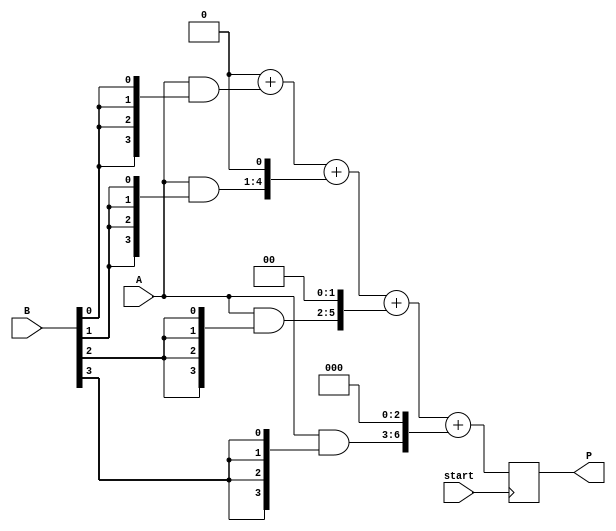
module array_multiplier #(parameter N = 4) (
    input [N-1:0] A,      // N-bit input A
    input [N-1:0] B,      // N-bit input B
    input start,          // Control signal to initiate multiplication
    output reg [2*N-1:0] P // 2N-bit output product
);

    reg [N-1:0] partial_products[N-1:0]; // Array to hold partial products
    integer i, j;

    always @(posedge start) begin
        // Generate partial products
        for (i = 0; i < N; i = i + 1) begin
            partial_products[i] = A & {N{B[i]}}; // AND each bit of A with the corresponding bit of B
        end

        // Initialize product P to 0
        P = 0;

        // Add partial products with shifting
        for (i = 0; i < N; i = i + 1) begin
            P = P + (partial_products[i] << i); // Shift partial product and add to P
        end
    end
endmodule